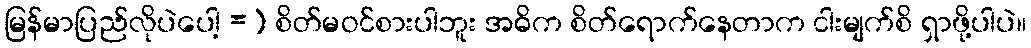
မြန်မာပြည်လိုပဲပေါ့ =) စိတ်မဝင်စားပါဘူး အဓိက စိတ်ရောက်နေတာက ငါးမျက်စိ ရှာဖို့ပါပဲ။